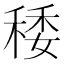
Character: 䅗